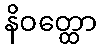
နိဝတ္ထော